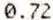
0.72